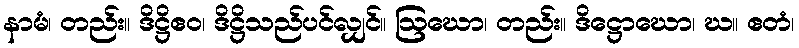
နာမံ၊ တည်း။ ဒိဋ္ဌိဧဝ၊ ဒိဋ္ဌိသည်ပင်လျှင်။ ဩဃော၊ တည်း။ ဒိဋ္ဌောဃော၊ ဃ။ ဧတံ၊